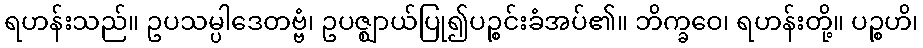
ရဟန်းသည်။ ဥပသမ္ပါဒေတဗ္ဗံ၊ ဥပဇ္ဈာယ်ပြု၍ပဉ္စင်းခံအပ်၏။ ဘိက္ခဝေ၊ ရဟန်းတို့။ ပဉ္စဟိ၊